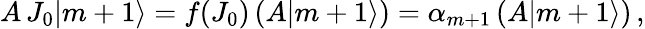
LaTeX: A\, J_{0}|m+1\rangle=f(J_{0})\left(A|m+1\rangle\right)=\alpha_{m+1}\left(A|m+1\rangle\right)\, ,